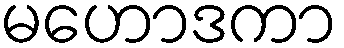
မဟောဒကာ